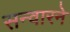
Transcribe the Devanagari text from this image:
सन्वारने